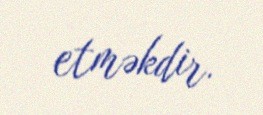
etməkdir.